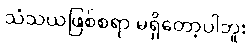
သံသယဖြစ်စရာ မရှိတော့ပါဘူး